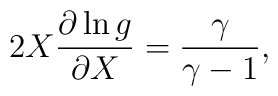
2X\frac{\partial\ln g}{\partial X}=\frac{\gamma}{\gamma-1},